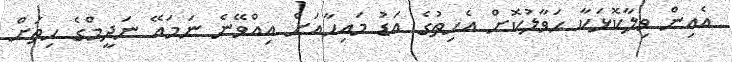
އެއިން ވިލާކޮޅަކާ ޙަވާލުކޮށް އެހިތުގެ އަޑު މައިހާއަށް އިއްވޭނެ ނަމައޭ ނަދީމްގެ ހިތަށް